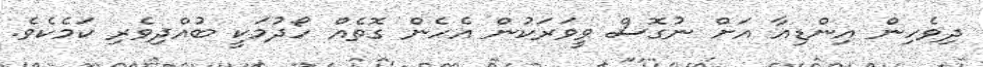
ދިވެހިން އިންޑިއާ އަށް ނުގޮސް ވީވަރަކުން އެހެން ގޮތެއް ހޯދުމަކީ ބުއްދިވެރި ކަމެކެވެ.